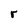
Character: r